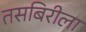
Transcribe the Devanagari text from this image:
तसबिरीला